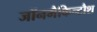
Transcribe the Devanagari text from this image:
जॉनमैकिन्टौश